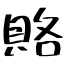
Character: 賂